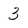
Character: 3